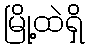
မြို့ထဲရှိ